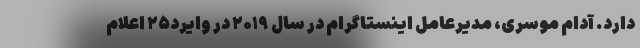
دارد. آدام موسری، مدیرعامل اینستاگرام در سال ۲۰۱۹ در وایرد۲۵ اعلام